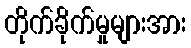
တိုက်ခိုက်မှုများအား